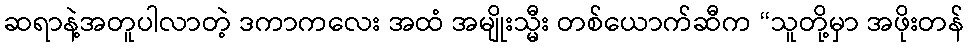
ဆရာနဲ့အတူပါလာတဲ့ ဒကာကလေး အထံ အမျိုးသ္မီး တစ်ယောက်ဆီက “သူတို့မှာ အဖိုးတန်